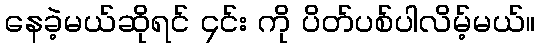
နေခဲ့မယ်ဆိုရင် ၄င်း ကို ပိတ်ပစ်ပါလိမ့်မယ်။